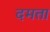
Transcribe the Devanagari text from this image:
दमता